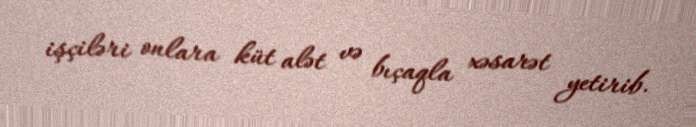
işçiləri onlara küt alət və bıçaqla xəsarət yetirib.